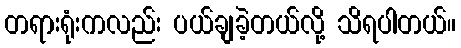
တရားရုံးကလည်း ပယ်ချခဲ့တယ်လို့ သိရပါတယ်။